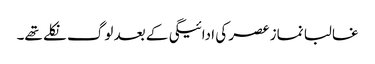
غالبا نماز عصر کی ادائیگی کے بعد لوگ نکلے تھے۔